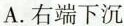
A.右端下沉